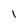
Character: l